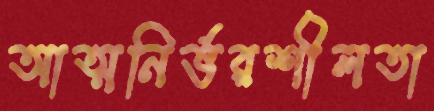
আত্মনির্ভরশীলতা